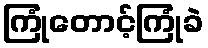
ကြုံတောင့်ကြုံခဲ